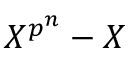
X ^ { p ^ { n } } - X